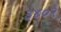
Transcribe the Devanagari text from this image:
३४०२